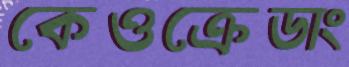
কেওক্রেডাং